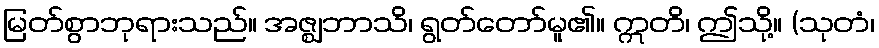
မြတ်စွာဘုရားသည်။ အဇ္ဈဘာသိ၊ ရွတ်တော်မူ၏။ ဣတိ၊ ဤသို့။ (သုတံ၊